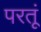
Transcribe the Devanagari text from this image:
परतूं